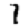
Digit: 1